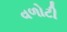
વળોટી